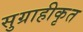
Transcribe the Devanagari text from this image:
सुग्राहीकृत